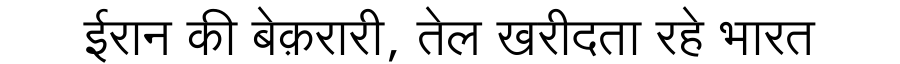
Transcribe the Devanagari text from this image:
ईरान की बेक़रारी, तेल खरीदता रहे भारत